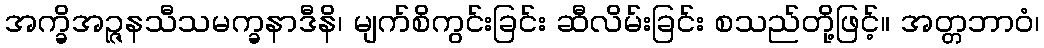
အက္ခိအဉ္ဇနသီသမက္ခနာဒီနိ၊ မျက်စိကွင်းခြင်း ဆီလိမ်းခြင်း စသည်တို့ဖြင့်။ အတ္တဘာဝံ၊